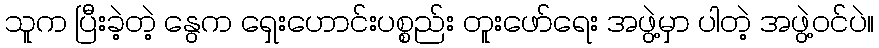
သူက ပြီးခဲ့တဲ့ နွေက ရှေးဟောင်းပစ္စည်း တူးဖော်ရေး အဖွဲ့မှာ ပါတဲ့ အဖွဲ့ဝင်ပဲ။